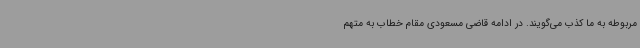
مربوطه به ما کذب می‌گویند. در ادامه قاضی مسعودی مقام خطاب به متهم